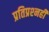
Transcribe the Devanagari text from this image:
प्रतिप्रश्‍नही